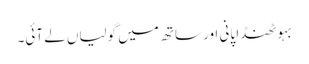
بہو ٹھنڈا پانی اور ساتھ میں گولیاں لے آئی۔